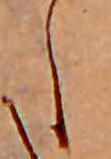
し